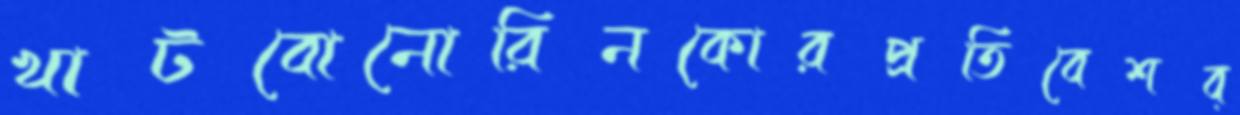
খাটবোনোরিনকোরপ্রতিবেশব্